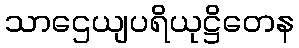
သာဌေယျပရိယုဋ္ဌိတေန